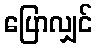
ပြောလျှင်